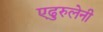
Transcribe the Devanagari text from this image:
एढुरुलेनी